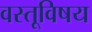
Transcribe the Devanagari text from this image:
वस्तूविषय